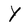
Character: Y